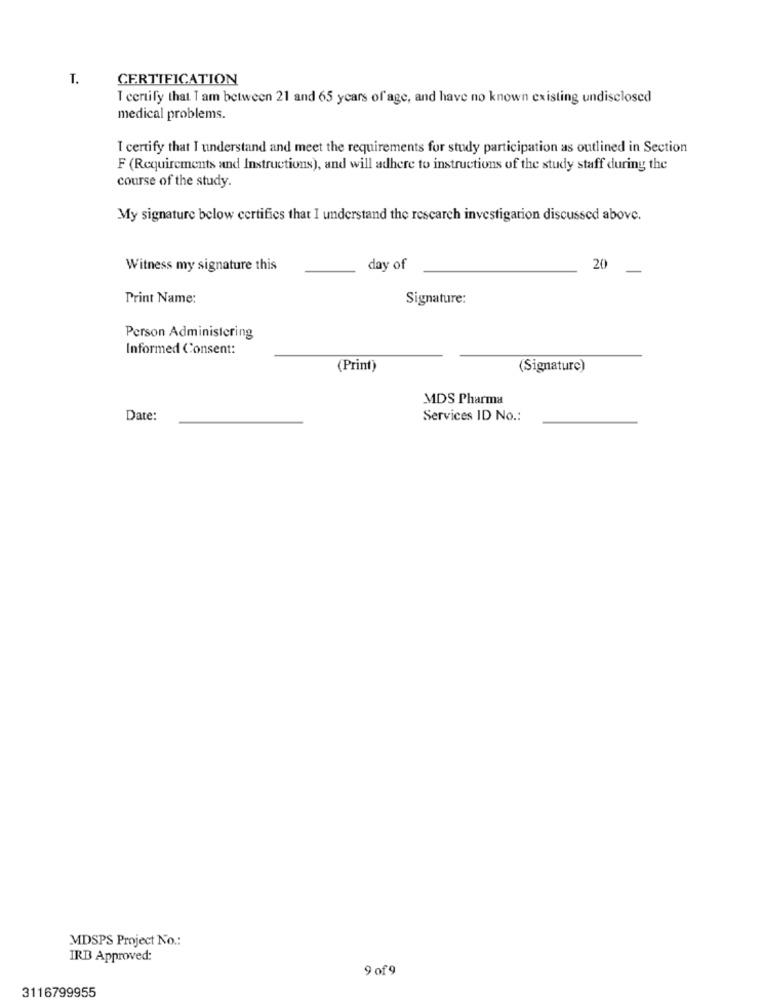
T.
CERTIFICATION
I certify that Tam between 21 and 65 years of age, and have no known existing undisclosed
medical problems.
I certify that I understand and meet the requirements for study participation as outlined in Section
F (Requirements and Instructions), and will adhere to instructions of the study staff during the
course of the study.
My signature below certifics that I understand the research investigation discussed above.
Witness my signature this
day of
20
Print Name:
Signature:
Person Administering
Informed Consent:
(Print)
(Signature)
MDS Pharma
Date:
Services ID No .:
MDSPS Project No .:
IRB Approved:
9 of 9
3116799955